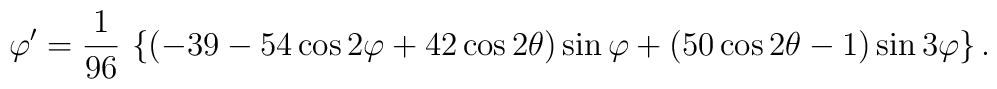
\varphi' = {1 \over 96}\, \left\{    (- 39  - 54 \cos 2\varphi + 42 \cos 2\theta) \sin\varphi    + (50 \cos 2\theta - 1) \sin 3\varphi  \right\}.